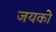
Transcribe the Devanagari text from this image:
जयको